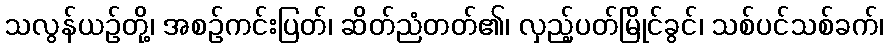
သလွန်ယဉ်တို့၊ အစဉ်ကင်းပြတ်၊ ဆိတ်ညံတတ်၏၊ လှည့်ပတ်မြိုင်ခွင်၊ သစ်ပင်သစ်ခက်၊